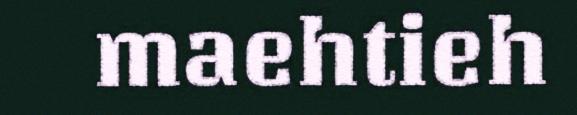
maehtieh